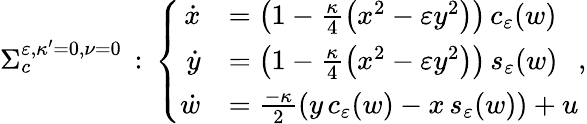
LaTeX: \begin{array}{r}{\Sigma_{c}^{\varepsilon,\kappa^{\prime}=0,\nu=0}\, :\, \left\{ \begin{array}{rl}{\dot{x}}&{=\left(1-\frac{\kappa}{4}\left(x^{2}-\varepsilon y^{2}\right)\right)\, c_{\varepsilon}(w)}\\ {\dot{y}}&{=\left(1-\frac{\kappa}{4}\left(x^{2}-\varepsilon y^{2}\right)\right)\, s_{\varepsilon}(w)}\\ {\dot{w}}&{=\frac{-\kappa}{2}\left(y\, c_{\varepsilon}(w)-x\, s_{\varepsilon}(w)\right)+u}\end{array}\right.,}\end{array}